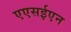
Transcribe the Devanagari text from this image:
एएसईएन